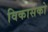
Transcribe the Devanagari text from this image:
विकासको